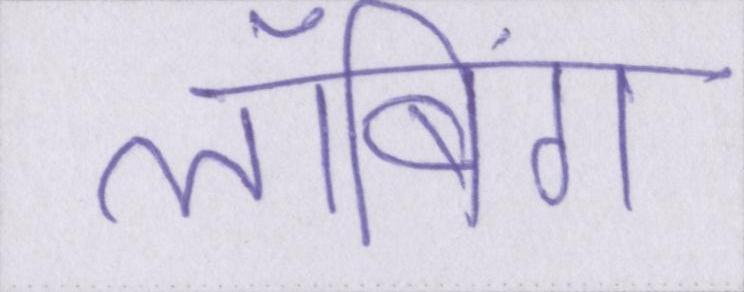
लॉबिंग